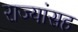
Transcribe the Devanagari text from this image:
राज्यांसह